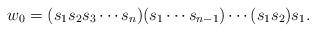
LaTeX: \begin{align*}w_0= (s_1 s_2 s_3 \cdots s_n)(s_1 \cdots s_{n-1}) \cdots (s_1 s_2) s_1.\end{align*}